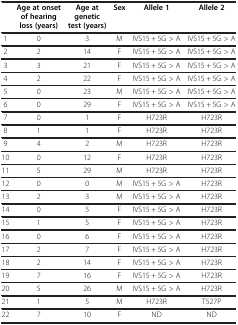
<table><thead><tr><td><b> </b></td><td><b>Age at onset of hearing loss (years)</b></td><td><b>Age at genetic test (years)</b></td><td><b>Sex</b></td><td><b>Allele 1</b></td><td><b>Allele 2</b></td></tr></thead><tbody><tr><td>1</td><td>0</td><td>3</td><td>M</td><td>IVS15 + 5G &gt; A</td><td>IVS15 + 5G &gt; A</td></tr><tr><td>2</td><td>2</td><td>14</td><td>F</td><td>IVS15 + 5G &gt; A</td><td>IVS15 + 5G &gt; A</td></tr><tr><td>3</td><td>3</td><td>21</td><td>F</td><td>IVS15 + 5G &gt; A</td><td>IVS15 + 5G &gt; A</td></tr><tr><td>4</td><td>2</td><td>22</td><td>F</td><td>IVS15 + 5G &gt; A</td><td>IVS15 + 5G &gt; A</td></tr><tr><td>5</td><td>0</td><td>23</td><td>M</td><td>IVS15 + 5G &gt; A</td><td>IVS15 + 5G &gt; A</td></tr><tr><td>6</td><td>0</td><td>29</td><td>F</td><td>IVS15 + 5G &gt; A</td><td>IVS15 + 5G &gt; A</td></tr><tr><td>7</td><td>0</td><td>1</td><td>F</td><td>H723R</td><td>H723R</td></tr><tr><td>8</td><td>1</td><td>1</td><td>F</td><td>H723R</td><td>H723R</td></tr><tr><td>9</td><td>4</td><td>2</td><td>M</td><td>H723R</td><td>H723R</td></tr><tr><td>10</td><td>0</td><td>12</td><td>F</td><td>H723R</td><td>H723R</td></tr><tr><td>11</td><td>5</td><td>29</td><td>M</td><td>H723R</td><td>H723R</td></tr><tr><td>12</td><td>0</td><td>0</td><td>M</td><td>IVS15 + 5G &gt; A</td><td>H723R</td></tr><tr><td>13</td><td>2</td><td>3</td><td>M</td><td>IVS15 + 5G &gt; A</td><td>H723R</td></tr><tr><td>14</td><td>0</td><td>5</td><td>F</td><td>IVS15 + 5G &gt; A</td><td>H723R</td></tr><tr><td>15</td><td>1</td><td>5</td><td>F</td><td>IVS15 + 5G &gt; A</td><td>H723R</td></tr><tr><td>16</td><td>0</td><td>6</td><td>F</td><td>IVS15 + 5G &gt; A</td><td>H723R</td></tr><tr><td>17</td><td>2</td><td>7</td><td>F</td><td>IVS15 + 5G &gt; A</td><td>H723R</td></tr><tr><td>18</td><td>2</td><td>14</td><td>F</td><td>IVS15 + 5G &gt; A</td><td>H723R</td></tr><tr><td>19</td><td>7</td><td>16</td><td>F</td><td>IVS15 + 5G &gt; A</td><td>H723R</td></tr><tr><td>20</td><td>5</td><td>26</td><td>M</td><td>IVS15 + 5G &gt; A</td><td>H723R</td></tr><tr><td>21</td><td>1</td><td>5</td><td>M</td><td>H723R</td><td>T527P</td></tr><tr><td>22</td><td>7</td><td>10</td><td>F</td><td>ND</td><td>ND</td></tr></tbody></table>